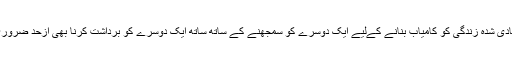
اپنی شادی شدہ زندگی کو کامیاب بنانے کےلیے ایک دوسرے کو سمجھنے کے ساتھ ساتھ ایک دوسرے کو برداشت کرنا بھی ازحد ضروری ہے۔